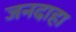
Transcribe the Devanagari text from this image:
जनदाहा